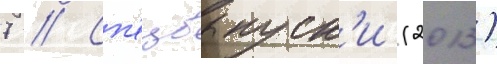
7 // Сп'ецвыпуск'и (2013)